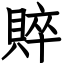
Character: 賥